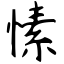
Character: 愫